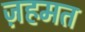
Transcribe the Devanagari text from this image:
ज़हमत